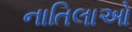
નાતિલાઓ